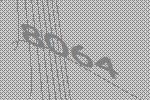
8064